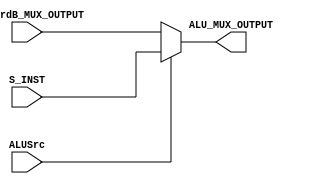
// lw, addi  I-tpye  12bit immediate  
// I-tpye  fetch ALUSrc control  1 32bit Sign extend   ALU B intput  
//   R-tpye  branch  fetch Data Hazard   ALU B input .

module ALU_MUX
(	
	input	[31:0] 	ForwardB_MUX_OUTPUT	,
	input	[31:0] 	S_INST			    ,
	input		 	ALUSrc			    ,

	output	[31:0]	ALU_MUX_OUTPUT
);
    
    reg [31:0] ALU_MUX_OUTPUT_r;
	always @ (*) 
	begin
		if 	(ALUSrc) 	ALU_MUX_OUTPUT_r = S_INST;					// ALUSrc = 1 : Sign  immediate   ALU MUX 
		else 			ALU_MUX_OUTPUT_r = ForwardB_MUX_OUTPUT;		// ALUSrc = 0 : Fowarding Unit B ALU ALU MUX 
	end
	
	assign ALU_MUX_OUTPUT = ALU_MUX_OUTPUT_r;

endmodule